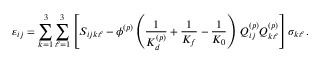
\varepsilon _ { i j } = \sum _ { k = 1 } ^ { 3 } \sum _ { \ell = 1 } ^ { 3 } \left[ S _ { i j k \ell } - \phi ^ { ( p ) } \left( \frac { 1 } { K _ { d } ^ { ( p ) } } + \frac { 1 } { K _ { f } } - \frac { 1 } { K _ { 0 } } \right) \, Q _ { i j } ^ { ( p ) } Q _ { k \ell } ^ { ( p ) } \right] \sigma _ { k \ell } \, .